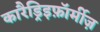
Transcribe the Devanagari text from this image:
कारैड्रिइफ़ॉर्मीज़